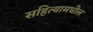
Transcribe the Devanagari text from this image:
सहित्यामधील